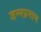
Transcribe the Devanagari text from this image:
जन्मप्रमाण